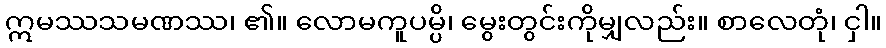
ဣမဿသမဏဿ၊ ၏။ လောမကူပမ္ပိ၊ မွေးတွင်းကိုမျှလည်း။ စာလေတုံ၊ ငှါ။